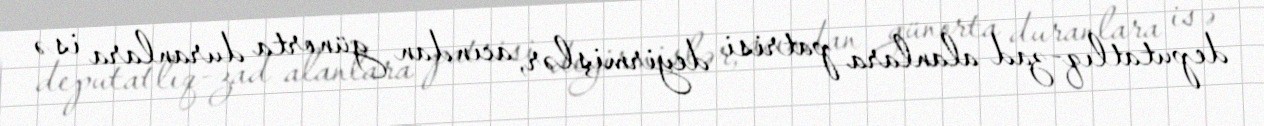
deputatlıq-zad alanlara patrisi deyirmişlər, acından günorta duranlara isə